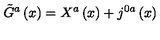
\tilde { G } ^ { a } \left( x \right) = X ^ { a } \left( x \right) + j ^ { 0 a } \left( x \right)